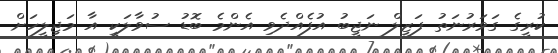
ކުރީގެ ގަވަރުނަތު ފަޒީލް ނަޖީބު އުފެއްދެވި އެންމެ ބޮޑު ސުވާލަކީ އާ މަޖިލީހަށް